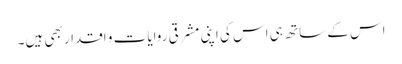
اس کے ساتھ ہی اس کی اپنی مشرقی روایات و اقدار بھی ہیں۔